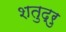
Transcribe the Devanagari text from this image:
शतुद्रु